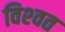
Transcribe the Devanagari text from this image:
विश्‍वत